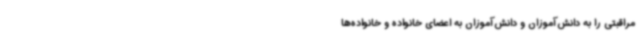
مراقبتی را به دانش‌آموزان و دانش‌آموزان به اعضای خانواده و خانواده‌ها